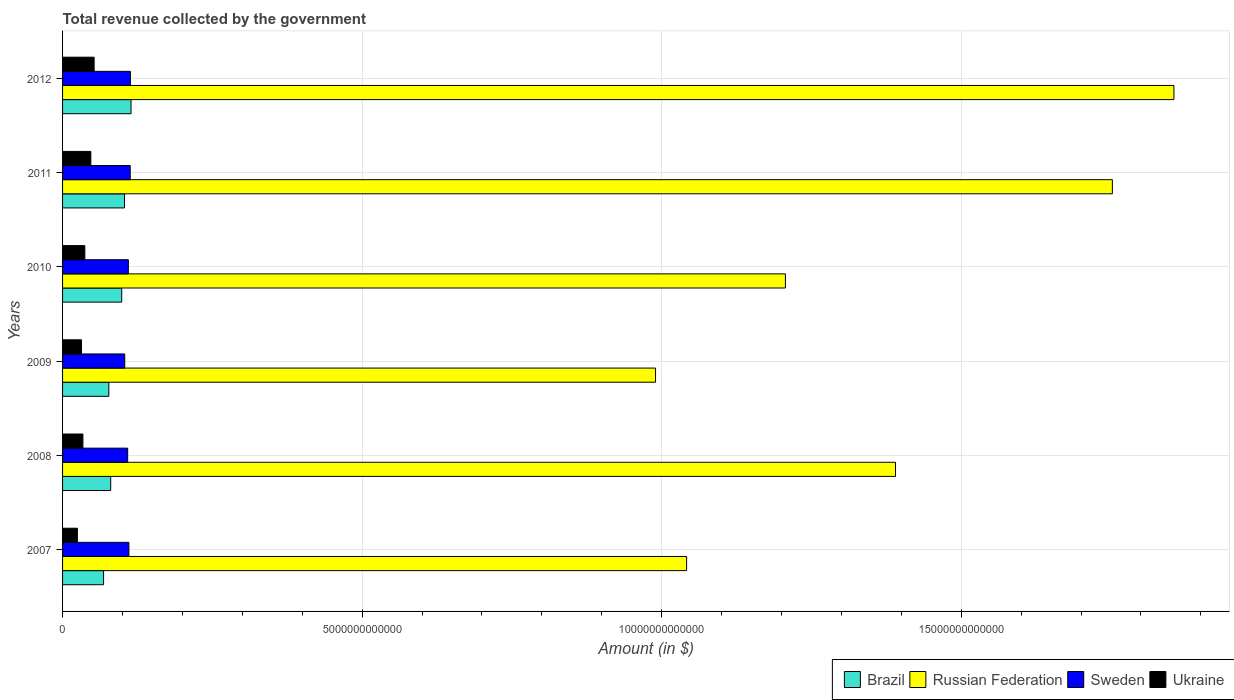
| Years | Brazil | Russian Federation | Sweden | Ukraine |
 | --- | --- | --- | --- | --- |
 | 2007 | 6.85e+11 | 1.04e+13 | 1.11e+12 | 2.47e+11 |
 | 2008 | 8.03e+11 | 1.39e+13 | 1.09e+12 | 3.4e+11 |
 | 2009 | 7.72e+11 | 9.9e+12 | 1.04e+12 | 3.16e+11 |
 | 2010 | 9.87e+11 | 1.21e+13 | 1.1e+12 | 3.72e+11 |
 | 2011 | 1.03e+12 | 1.75e+13 | 1.13e+12 | 4.72e+11 |
 | 2012 | 1.14e+12 | 1.85e+13 | 1.13e+12 | 5.27e+11 |